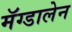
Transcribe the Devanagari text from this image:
मॅग्डालेन